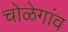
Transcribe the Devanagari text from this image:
चोळेगांव